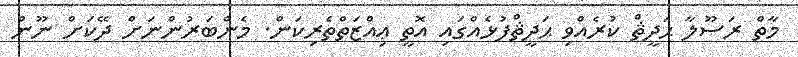
މާތް ރަސޫލާ ޙަދީޘް ކުރެއްވި ޙަދީޘްފުޅެއްގައި އޮތީ ޢިއްޒަތްތެރިކަން. މެންބަރުންނަށް ދޭކަށް ނޫން